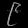
Digit: ၉